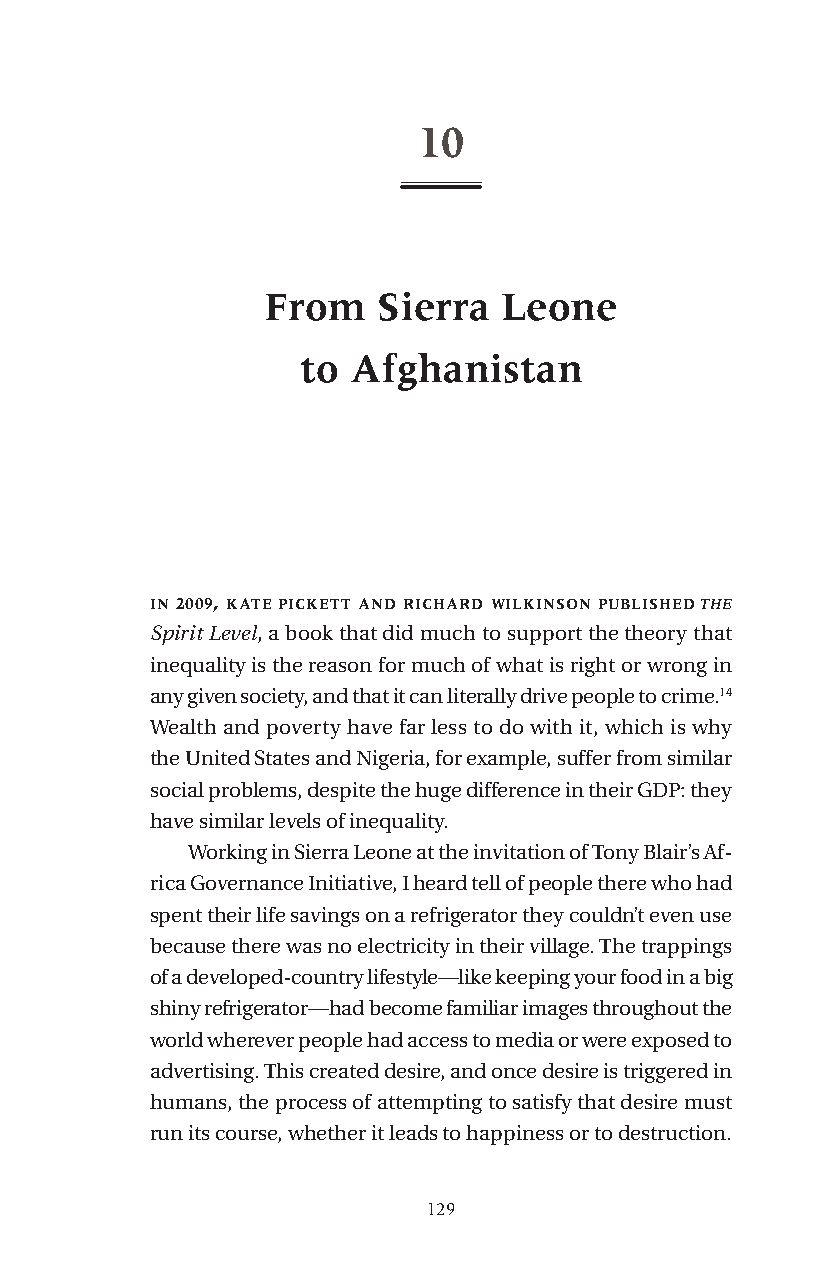
10
 From   Sierra  Leone
 to Afghanistan
 in 2009, kate pickett and richard wilkinson published the
 Spirit Level, a book that did much to support the theory that
 inequality is the reason for much of what is right or wrong in
 any given society, and that it can literally drive people to crime.14
 Wealth and poverty have far less to do with it, which is why
 the United States and Nigeria, for example, suffer from similar
 social problems, despite the huge difference in their GDP: they
 have similar levels of inequality.
 Working in Sierra Leone at the invitation of Tony Blair’s Af-
 rica Governance Initiative, I heard tell of people there who had
 spent their life savings on a refrigerator they couldn’t even use
 because there was no electricity in their village. The trappings
 of a developed-country lifestyle—like keeping your food in a big
 shiny refrigerator—had become familiar images throughout the
 world wherever people had access to media or were exposed to
 advertising. This created desire, and once desire is triggered in
 humans, the process of attempting to satisfy that desire must
 run its course, whether it leads to happiness or to destruction.
 129